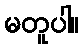
မတူပါ။